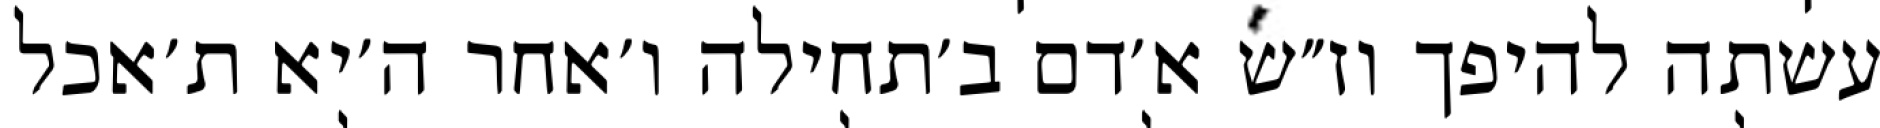
עשתה להיפך וז״ש א׳דם ב׳תחילה ו׳אחר ה׳יא ת׳אכל